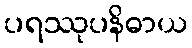
ပရဿုပနိဓာယ